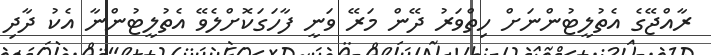
ރާއްޖޭގެ އެތުލީޓުންނަށް ހިތްވަރު ދޭން މަރޭ ވަނީ ފާހަގަކޮށްލެވޭ އެތުލީޓުންނާ އެކު ދާދި